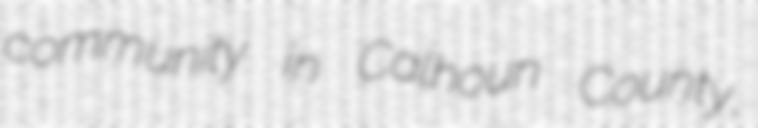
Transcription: community in Calhoun County,